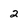
Character: 2